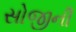
સોજીની